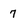
Character: 7